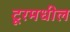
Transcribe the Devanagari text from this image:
टूरमधील